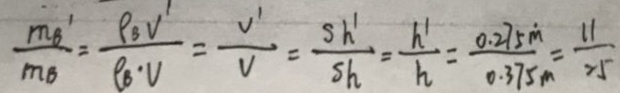
\frac { m _ { B ^ { \prime } } } { m _ { B } } = \frac { \rho _ { B } V ^ { \prime } } { \rho _ { B } \cdot V } = \frac { S h ^ { \prime } } { S h } = \frac { h ^ { \prime } } { h } = \frac { 0 . 2 7 5 m } { 0 . 3 7 5 m } = \frac { 1 1 } { 2 5 }